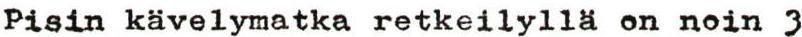
Pisin kävelymatka retkeilyllä on noin 3